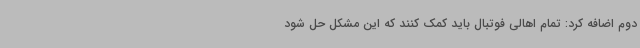
دوم اضافه کرد: تمام اهالی فوتبال باید کمک کنند که این مشکل حل شود